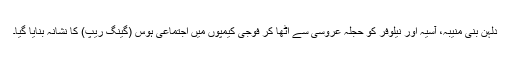
دلہن بنی منیبہ، آسیہ اور نیلوفر کو حُجلہ عروسی سے اٹھا کر فوجی کیمپوں میں اجتماعی ہوس (گینگ ریپ) کا نشانہ بنایا گیا۔